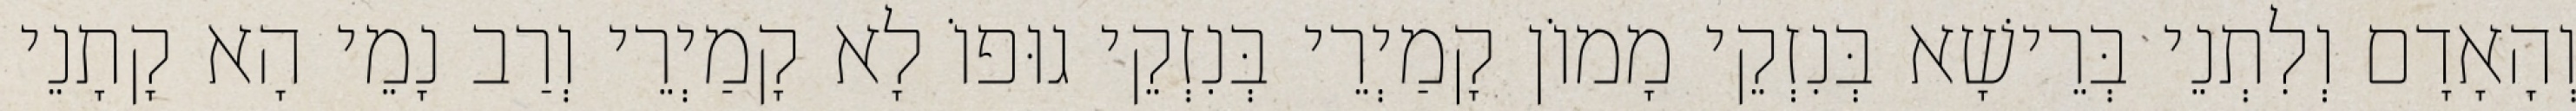
וְהָאָדָם וְלִתְנֵי בְּרֵישָׁא בְּנִזְקֵי מָמוֹן קָמַיְרֵי בְּנִזְקֵי גוּפוֹ לָא קָמַיְרֵי וְרַב נָמֵי הָא קָתָנֵי